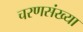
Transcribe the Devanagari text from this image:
चरणसंख्या